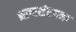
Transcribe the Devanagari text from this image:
भाषासंरचना